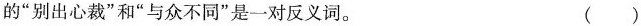
的”别出心裁”和”与众不同”是一对反义词。 ()